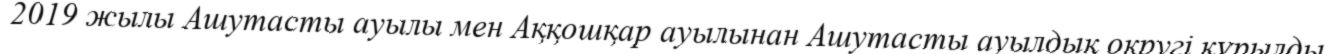
2019 жылы Ашутасты ауылы мен Аққошқар ауылынан Ашутасты ауылдық округі құрылды.